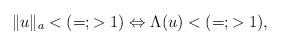
LaTeX: \begin{align*}\| u\|_a <( =;>1) \Leftrightarrow \Lambda(u) <( =;>1),\end{align*}